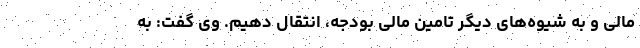
مالی و به شیوه‌های دیگر تامین مالی بودجه، انتقال دهیم. وی گفت: به